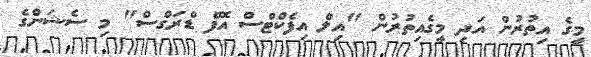
މީގެ އިތުރުން އަދި މީގެއިތުރުން "އިލް އިފެކްޓްސް އޮފް ޑްރަގްސް" މި ސެޝަންގެ